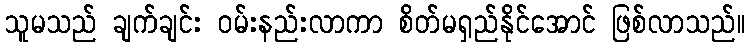
သူမသည် ချက်ချင်း ဝမ်းနည်းလာကာ စိတ်မရှည်နိုင်အောင် ဖြစ်လာသည်။